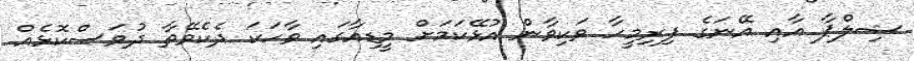
ޝިލްޕާ އާއި އޭނަގެ ފިރިމީހާ ވަކިވާން އުޅޭކަމަށް މީޑިއާގައި ވާހަަކަ ދެކެވޭތާ ދުވަސްކޮޅެއް